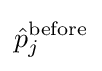
{\hat {p}}_{j}^{\mathrm {before} }